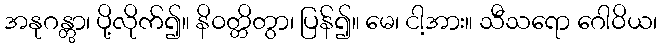
အနုဂန္တွာ၊ ပို့လိုက်၍။ နိဝတ္တိတွာ၊ ပြန်၍။ မေ၊ ငါ့အား။ သီသရော ဂေါဝိယ၊